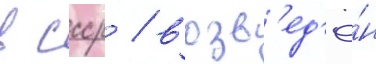
в ссср / возв'ед'ё́н